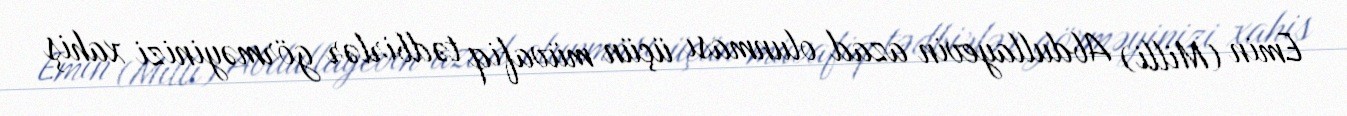
Emin (Milli) Abdullayevin azad olunması üçün müvafiq tədbirlər görməyinizi xahiş